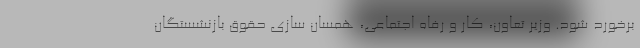
برخورد شود. وزیر تعاون، کار و رفاه اجتماعی، همسان سازی حقوق بازنشستگان